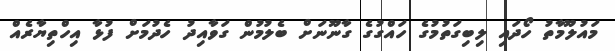
މައުލޫމާތު ހޯދައި ލިބިގަތުމުގެ ހައްގުގެ ގާނޫނަށް ބެލުމުން ގަވާއިދު ހެދުމަށް ފުޅާ އިހްތިޔާރެއް